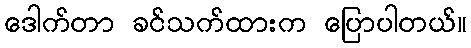
ဒေါက်တာ ခင်သက်ထားက ပြောပါတယ်။